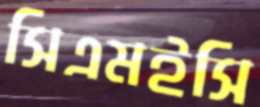
সিএমইসি